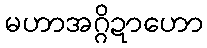
မဟာအဂ္ဂိဍာဟော